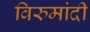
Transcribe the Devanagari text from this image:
विरुमांदी